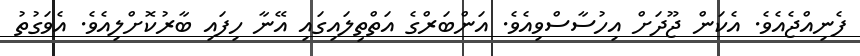
ފެނިއްޖެއެވެ. އެކަން ޖޫދަށް އިހުސާސްވިއެވެ. އަންބަރްގެ އަތްތިލައިގައި އޭނާ ހިފައި ބާރުކޮށްލިއެވެ. އެވަގުތު